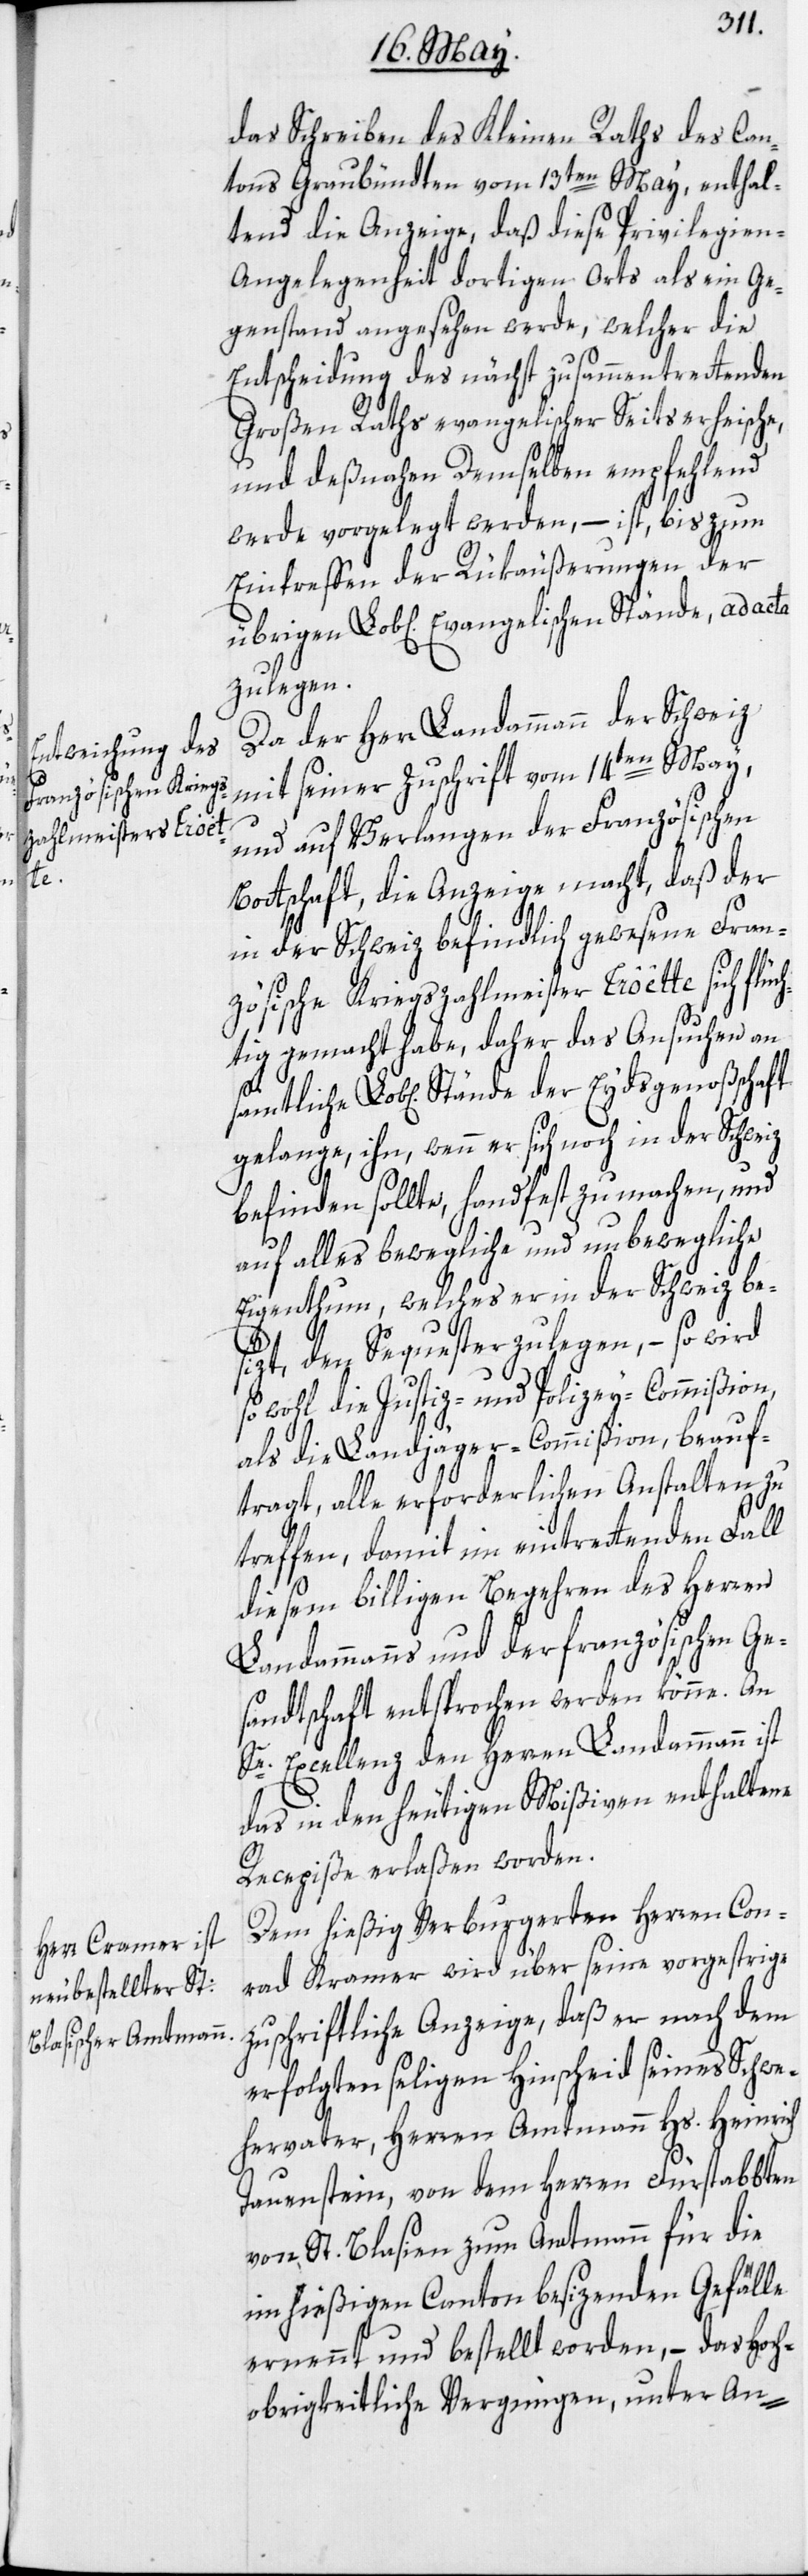
der

das Schreiben des Kleinen Raths des Can¬
tons Graubündten vom 13ten May, enthal¬
tend die Anzeige, daß diese Privilegien-A¬
ngelegenheit dortigen Orts als ein Ge¬
genstand angesehen werde, welcher die
Entscheidung des nächst zusammentrettenden
Großen Raths evangelischer Seits erheische,
und deßnahen Demselben empfehlend
werde vorgelegt werden, – ist, bis zum
Eintreffen der Rükäußerungen der
übrigen Lob[lichen] Evangelischen Stände, ad acta
zu legen.
Da der Herr Landammann der Schweiz
mit seiner Zuschrift vom 14ten May,
und auf Verlangen der Französischen
Bottschaft, die Anzeige macht, daß der
in der Schweiz befindlich gewesene Fran¬
zösische Kriegszahlmeister Crôêtte sich flüc¬
htig gemacht habe, daher das Ansuchen an
gelange, ihn, wenn er sich noch in der Schweiz
befinden sollte, handfest zu machen, und
auf alles bewegliche und unbewegliche
Eigenthum, welches er in der Schweiz be¬
sizt, den Sequester zu legen, – so
so wohl die Justiz- und Polizey-Commißion,
als die Landjäger-Commißion, beauf¬
tragt, alle erforderlichen Anstalten zu
treffen, damit im eintrettenden Fall
diesem billigen Begehren des Herren
Landammanns und der französischen Ge¬
sandtschaft entsprochen werden könne. An
Se. Excellenz den Herren Landammann ist
das in den heutigen Mißiven enthaltene
Recepiße erlaßen worden.
Dem hießig Verburgerten Herren Con¬
rad Kramer wird über seine vorgestrige
zuschriftliche Anzeige, daß er nach dem
erfolgten seligen Hinscheid seines Schwe¬
hervater, Herren Amtmann Hs. Heinrich
Tauenstein, von dem Herren Fürstabbten
von St. Blasien zum Amtmann für die
im hießigen Canton besizenden Gefälle
ernennt und bestellt worden, – das Hoch¬
obrigkeitliche Vergnügen, unter An-